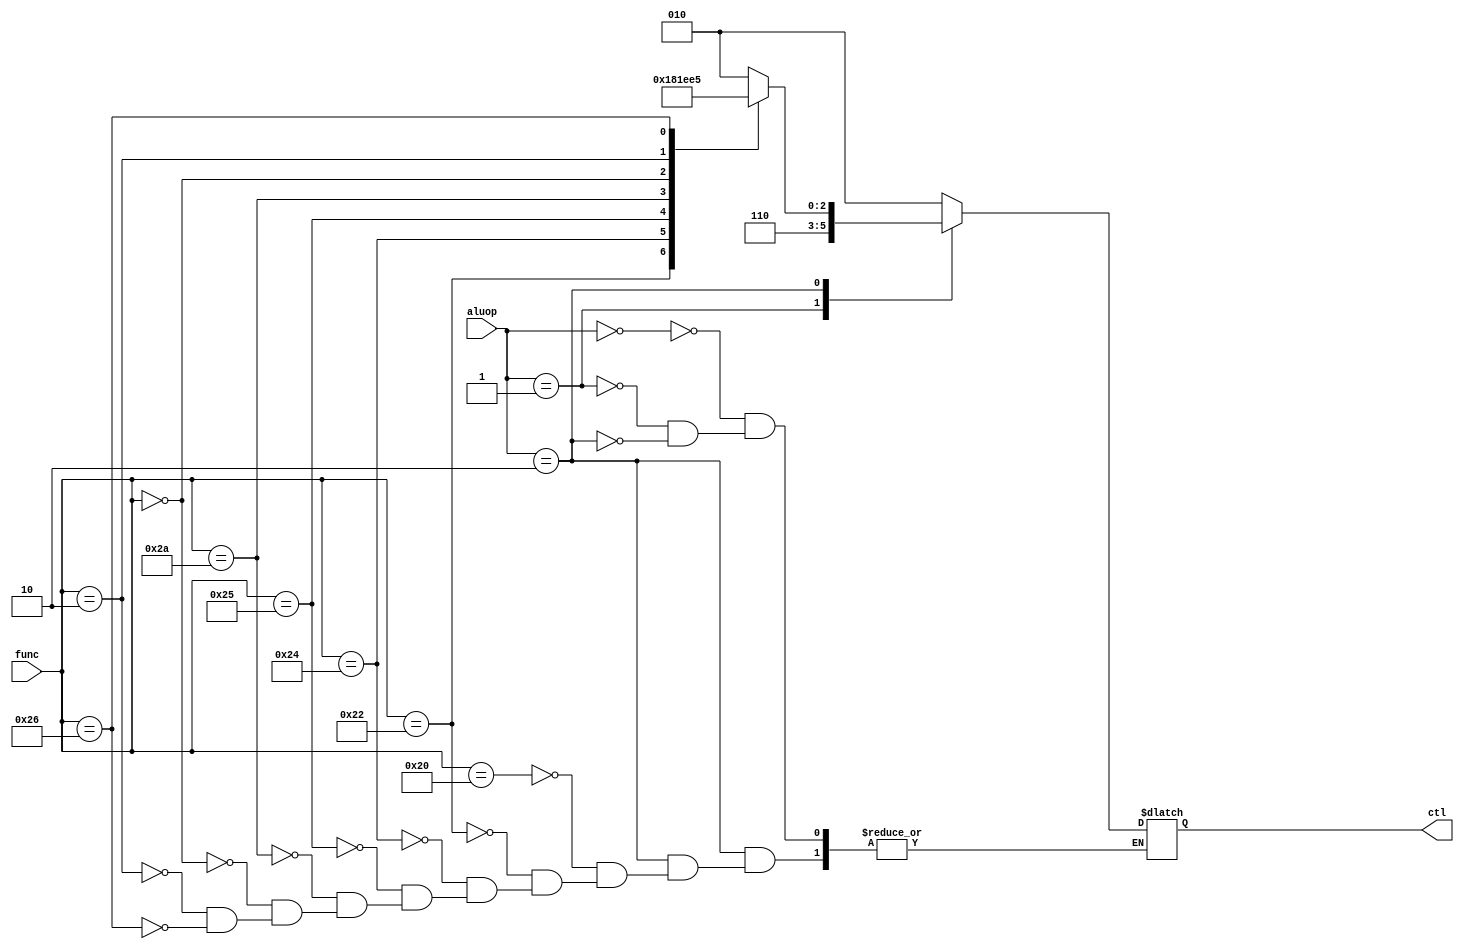
`timescale 1ns / 1ps
//////////////////////////////////////////////////////////////////////////////////
// Company: 
// Engineer: 
// 
// Design Name: 
// Module Name:    aluc 
// Project Name: 
// Target Devices: 
// Tool versions: 
// Description: 
//
// Dependencies: 
//
// Revision: 
// Revision 0.01 - File Created
// Additional Comments: 
//
//////////////////////////////////////////////////////////////////////////////////
module aluc(
   input wire [1:0] aluop,
	input wire [5:0] func,
	output reg[2:0] ctl
	);
	always@ *
	begin
		case(aluop)
		2'b00:ctl = 3'b010;//add
		2'b01:ctl = 3'b110;//sub
		2'b10:
		begin
			case(func)
				6'b100000:ctl = 3'b010;//add
				6'b100010:ctl = 3'b110;//sub
				6'b100100:ctl = 3'b000;//and
				6'b100101:ctl = 3'b001;//or
				6'b101010:ctl = 3'b111;//slt
				6'b000000:ctl = 3'b011;//sll
				6'b000010:ctl = 3'b100;//srl
				6'b100110:ctl = 3'b101;//Xor
			endcase
		end
		endcase
	end
endmodule